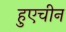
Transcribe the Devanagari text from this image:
हुएचीन